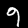
Label: 9